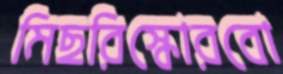
মিছরিস্কোরবো